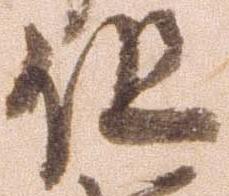
但